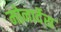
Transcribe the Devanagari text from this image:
मोनार्देस